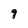
Character: 9